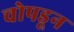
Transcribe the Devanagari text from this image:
चोपडून